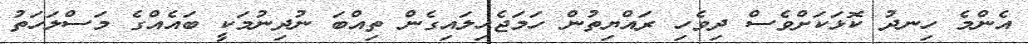
އެންމެ ހިނދު ކޮޅަކަށްވެސް ދިވެހި ރައްޔިތުން ހަމަޖެހިލައިގެން ތިއްބަ ނުދިނުމަކީ ބައެއްގެ މަސްލަހަތު